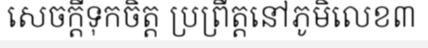
សេចក្តីទុកចិត្ត ប្រព្រឹត្តនៅភូមិលេខ៣